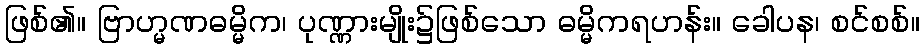
ဖြစ်၏။ ဗြာဟ္မဏဓမ္မိက၊ ပုဏ္ဏားမျိုး၌ဖြစ်သော ဓမ္မိကရဟန်း။ ခေါပန၊ စင်စစ်။